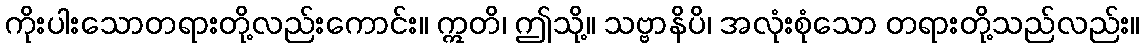
ကိုးပါးသောတရားတို့လည်းကောင်း။ ဣတိ၊ ဤသို့။ သဗ္ဗာနိပိ၊ အလုံးစုံသော တရားတို့သည်လည်း။